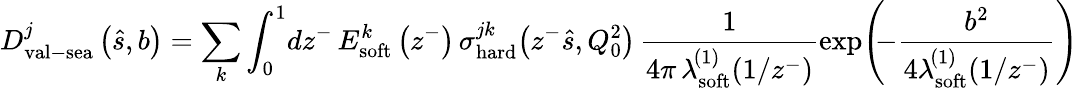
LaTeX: D_{\mathrm{val}-\mathrm{sea}}^{j}\left(\hat{s},b\right)=\sum_{k}\int_{0}^{1}\! dz^{-}\, E_{\mathrm{soft}}^{k}\left(z^{-}\right)\, \sigma_{\mathrm{hard}}^{jk}\! \left(z^{-}\hat{s},Q_{0}^{2}\right)\, \frac{1}{4\pi\, \lambda_{\mathrm{soft}}^{\! (1)}(1/z^{-})}\exp\! \left(\! \! -\frac{b^{2}}{4\lambda_{\mathrm{soft}}^{\! (1)}\! \left(1/z^{-}\right)}\right)